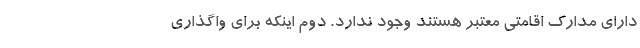
دارای مدارک اقامتی معتبر هستند وجود ندارد. دوم اینکه برای واگذاری